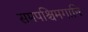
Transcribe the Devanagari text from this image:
समपश्चिमगानि